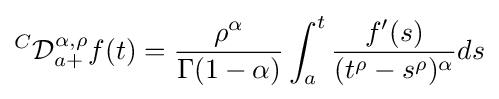
{}^{C}{\mathcal {D}}_{a+}^{\alpha ,\rho }f(t)={\frac {\rho ^{\alpha }}{\Gamma (1-\alpha )}}\int _{a}^{t}{\frac {f^{\prime }(s)}{(t^{\rho }-s^{\rho })^{\alpha }}}ds